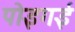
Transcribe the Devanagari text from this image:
पोइगई